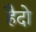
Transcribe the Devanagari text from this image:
हैदो